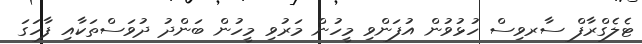
ޓެލެގްރާފް ސާރވިސް ހުޅުވުން އުފަންވި މީހުން މަރުވި މީހުން ބަންދު ދުވަސްތަކާއި ފާހަގަ